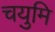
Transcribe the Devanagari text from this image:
चयुमि